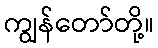
ကျွန်တော်တို့။